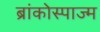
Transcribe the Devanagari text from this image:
ब्रांकोस्पाज्म